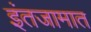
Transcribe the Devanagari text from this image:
इंतजामात